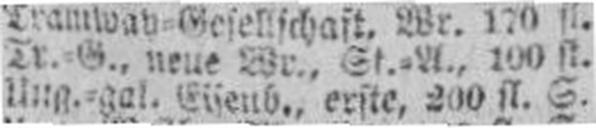
Ung.=gal. Eisenb., erste, 200 fl. S.